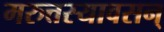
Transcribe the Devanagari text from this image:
मरुत्तस्यावसन्